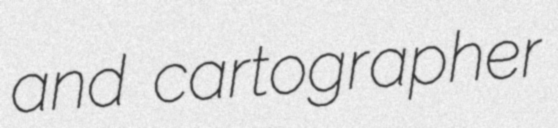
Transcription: and cartographer